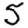
Digit: 5